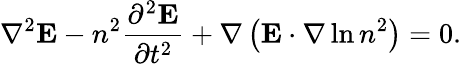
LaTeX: \nabla^{2}\mathbf{E}-n^{2}\frac{\partial^{2}\mathbf{E}}{\partial t^{2}}+\nabla\left(\mathbf{E}\cdot\nabla\ln n^{2}\right)=0.